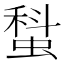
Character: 𧎗